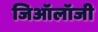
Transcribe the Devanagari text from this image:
जिऑलॉजी